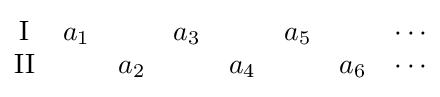
{\begin{matrix}\mathrm {I} &a_{1}&\quad &a_{3}&\quad &a_{5}&\quad &\cdots \\\mathrm {II} &\quad &a_{2}&\quad &a_{4}&\quad &a_{6}&\cdots \end{matrix}}